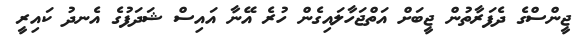
ޖީންސްގެ ދެފަރާތުން ޖީބަށް އަތްޖަހާލައިގެން ހުރެ އޭނާ އައިސް ޝަދަފުގެ އެނދު ކައިރީ